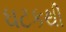
ઘટકથી